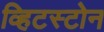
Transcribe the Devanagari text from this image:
व्हिटस्टोन